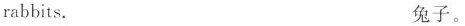
rabbits. 兔子。